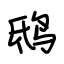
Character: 鸱